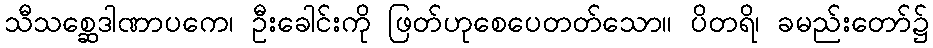
သီသစ္ဆေဒါဏာပကေ၊ ဦးခေါင်းကို ဖြတ်ဟုစေပေတတ်သော။ ပိတရိ၊ ခမည်းတော်၌